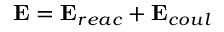
\mathbf { E } = \mathbf { E } _ { r e a c } + \mathbf { E } _ { c o u l }